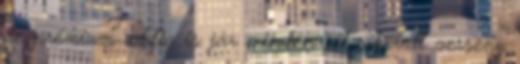
de prémium addig is jár minden jól sikerült verseny